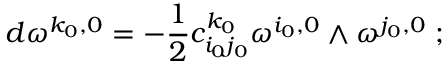
d \omega ^ { k _ { 0 } , 0 } = - \frac { 1 } { 2 } c _ { i _ { 0 } j _ { 0 } } ^ { k _ { 0 } } \omega ^ { i _ { 0 } , 0 } \wedge \omega ^ { j _ { 0 } , 0 } \; ;